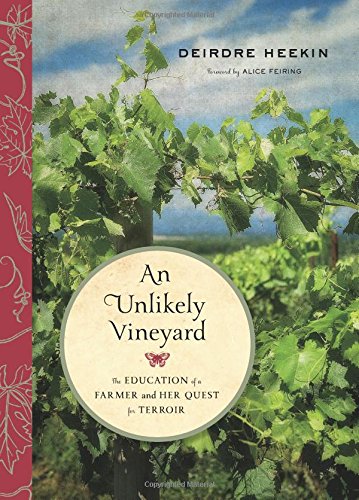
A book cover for An Unlikely Vineyard: The Education of a Farmer and Her Quest for Terroir; Deirdre Heekin; Cookbooks, Food & Wine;